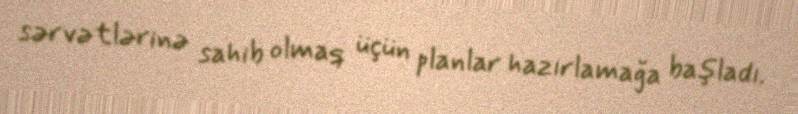
sərvətlərinə sahib olmaq üçün planlar hazırlamağa başladı.